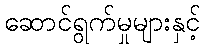
ဆောင်ရွက်မှုများနှင့်